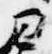
ヨ